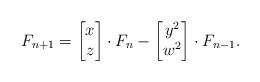
LaTeX: \begin{align*} F_{n+1}= \begin{bmatrix} x \\ z \end{bmatrix}\cdot F_n - \begin{bmatrix} y^2 \\ w^2 \end{bmatrix}\cdot F_{n-1}. \end{align*}